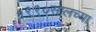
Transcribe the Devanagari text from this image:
१९९०सालच्या